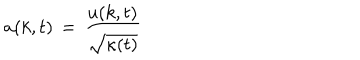
a ( k , t ) \, = \, { \frac { u ( k , t ) } { \sqrt { \kappa ( t ) } } }